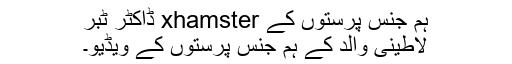
ہم جنس پرستوں کے xhamster ڈاکٹر ٹبر
لاطینی والد کے ہم جنس پرستوں کے ویڈیو۔